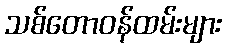
သစ်တောဝန်ထမ်းများ